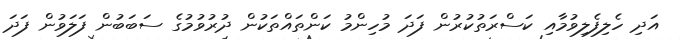
އަދި ހެލިފެލިވުމާއި ކަސްރަތުކުރުން ފަދަ މުހިންމު ކަންތައްތަކުން ދުރުވުމުގެ ސަބަބުން ފަލަވުން ފަދަ